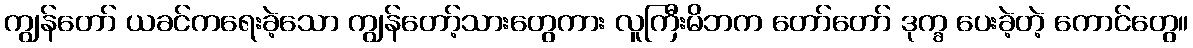
ကျွန်တော် ယခင်ကရေးခဲ့သော ကျွန်တော့်သားတွေကား လူကြီးမိဘက တော်တော် ဒုက္ခ ပေးခဲ့တဲ့ ကောင်တွေ။